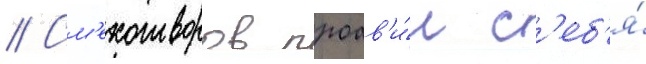
// См'ехотворов проав'и́л с'еб'я́